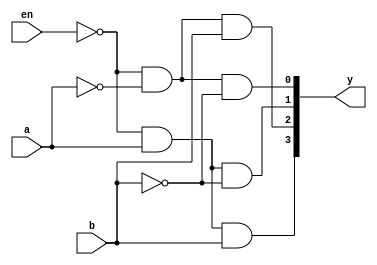
module gdec2to4(en,a,b,y);
    input en,a,b;
    output [3:0]y;
    wire enb,na,nb;
    not n0(enb,en);
    not n1(na,a);
    not n2(nb,b);

    and n3(y[0],enb,na,nb);
    and n4(y[1],enb,a,nb);
    and n5(y[2],enb,na,b);
    and n6(y[3],enb,a,b);

endmodule